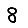
Digit: 8